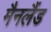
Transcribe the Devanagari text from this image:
मैनलैंड